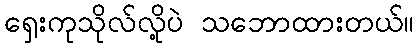
ရှေးကုသိုလ်လို့ပဲ သဘောထားတယ်။